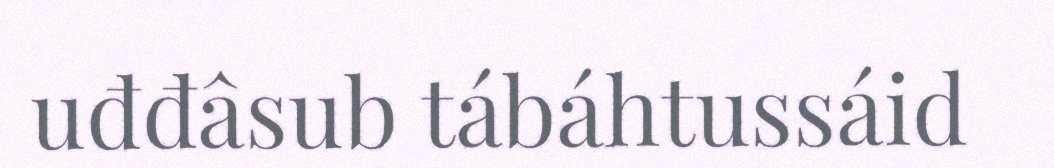
uđđâsub tábáhtussáid